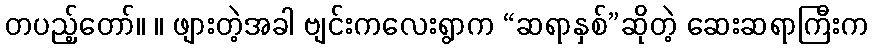
တပည့်တော်။ ။ ဖျားတဲ့အခါ ဗျင်းကလေးရွာက “ဆရာနှစ်”ဆိုတဲ့ ဆေးဆရာကြီးက